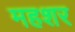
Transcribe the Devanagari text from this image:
महशर